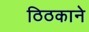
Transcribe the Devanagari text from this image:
ठिठकाने